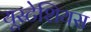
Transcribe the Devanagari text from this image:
यूस्टेशियस